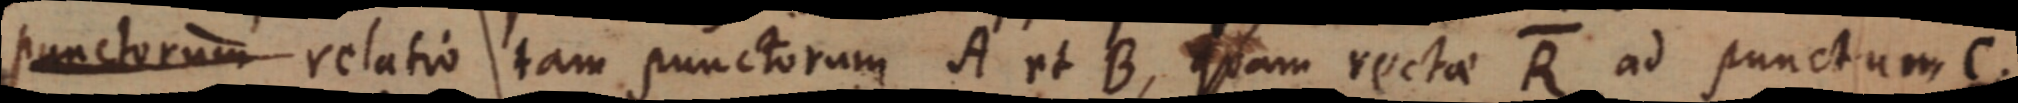
punctorum relatio tam punctorum A et B, quam rectae R ad punctum C.